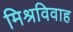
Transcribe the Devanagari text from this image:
मिश्रविवाह